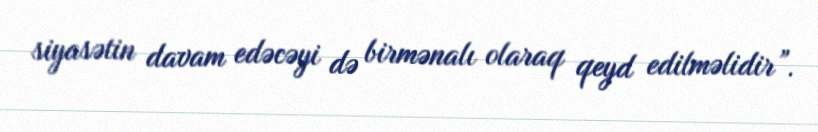
siyasətin davam edəcəyi də birmənalı olaraq qeyd edilməlidir”.